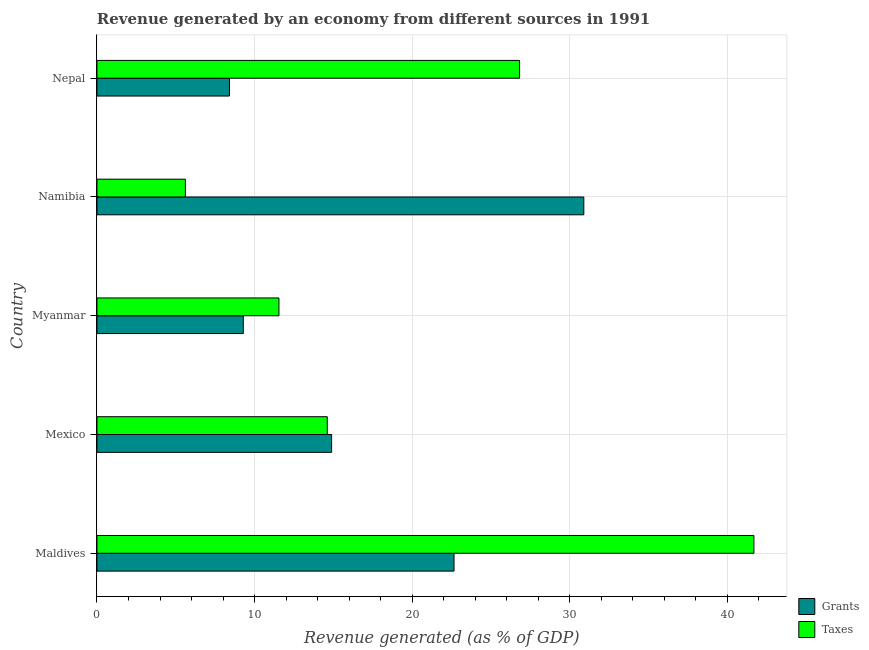
| Country | Grants | Taxes |
 | --- | --- | --- |
 | Maldives | 22.7 | 41.7 |
 | Mexico | 14.9 | 14.6 |
 | Myanmar | 9.28 | 11.5 |
 | Namibia | 30.9 | 5.61 |
 | Nepal | 8.41 | 26.8 |